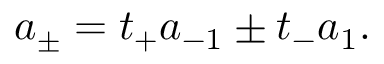
a _ { \pm } = t _ { + } a _ { - 1 } \pm t _ { - } a _ { 1 } .